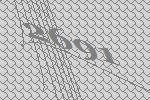
2691